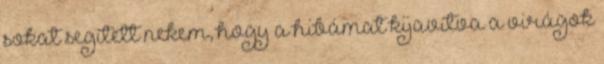
sokat segített nekem, hogy a hibámat kijavítva a virágok